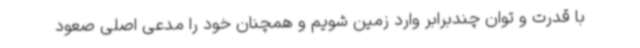
با قدرت و توان چندبرابر وارد زمین شویم و همچنان خود را مدعی اصلی صعود